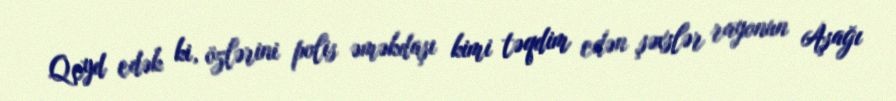
Qeyd edək ki, özlərini polis əməkdaşı kimi təqdim edən şəxslər rayonun Aşağı